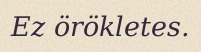
Ez örökletes.